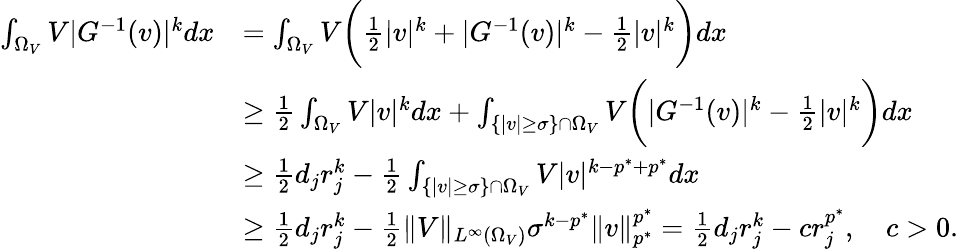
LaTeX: \begin{array}{rl}{\int_{\Omega_{V}}V|G^{-1}(v)|^{k}dx}&{=\int_{\Omega_{V}}V\biggl(\frac 12|v|^{k}+|G^{-1}(v)|^{k}-\frac 12|v|^{k}\biggr)dx}\\ &{\ge\frac 12\int_{\Omega_{V}}V|v|^{k}dx+\int_{\{ |v|\ge\sigma\} \cap\Omega_{V}}V\biggl(|G^{-1}(v)|^{k}-\frac 12|v|^{k}\biggr)dx}\\ &{\ge\frac{1}{2}d_{j}r_{j}^{k}-\frac 12\int_{\{ |v|\ge\sigma\} \cap\Omega_{V}}V|v|^{k-p^{*}+p^{*}}dx}\\ &{\ge\frac 12d_{j}r_{j}^{k}-\frac 12\| V\| _{L^{\infty}(\Omega_{V})}\sigma^{k-p^{*}}\| v\| _{p^{*}}^{p^{*}}=\frac 12d_{j}r_{j}^{k}-cr_{j}^{p^{*}},\quad c>0.}\end{array}